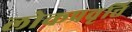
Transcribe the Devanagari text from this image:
लोकप्रवृत्ति